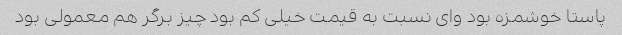
پاستا خوشمزه بود وای نسبت به قیمت خیلی کم بود چیز برگر هم معمولی بود